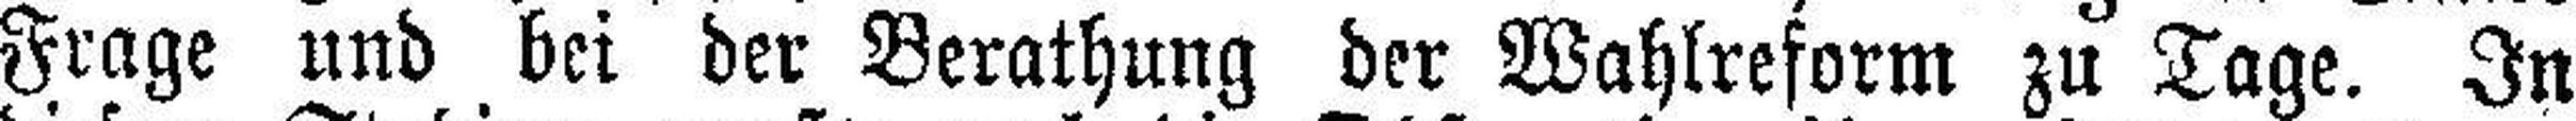
Frage und bei der Berathung der Wahlreform zu Tage. In